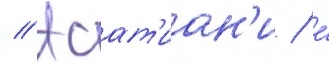
// Асат'иан'и / е́